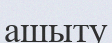
ашыту